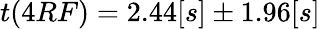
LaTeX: t(4RF)=2.44[s]\pm 1.96[s]